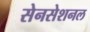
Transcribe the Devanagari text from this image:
सेनसेशनल